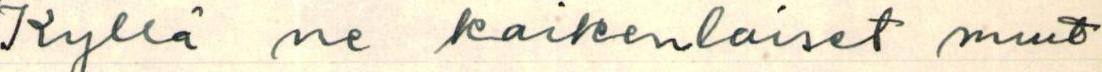
Kyllä ne kaikenlaiset nuut